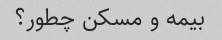
بیمه و مسکن چطور؟